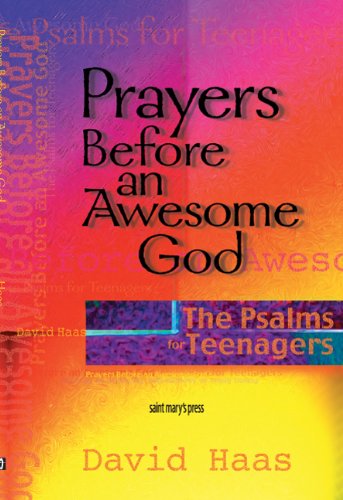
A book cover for Prayers Before an Awesome God: The Psalms for Teenagers; David Haas; Children's Books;